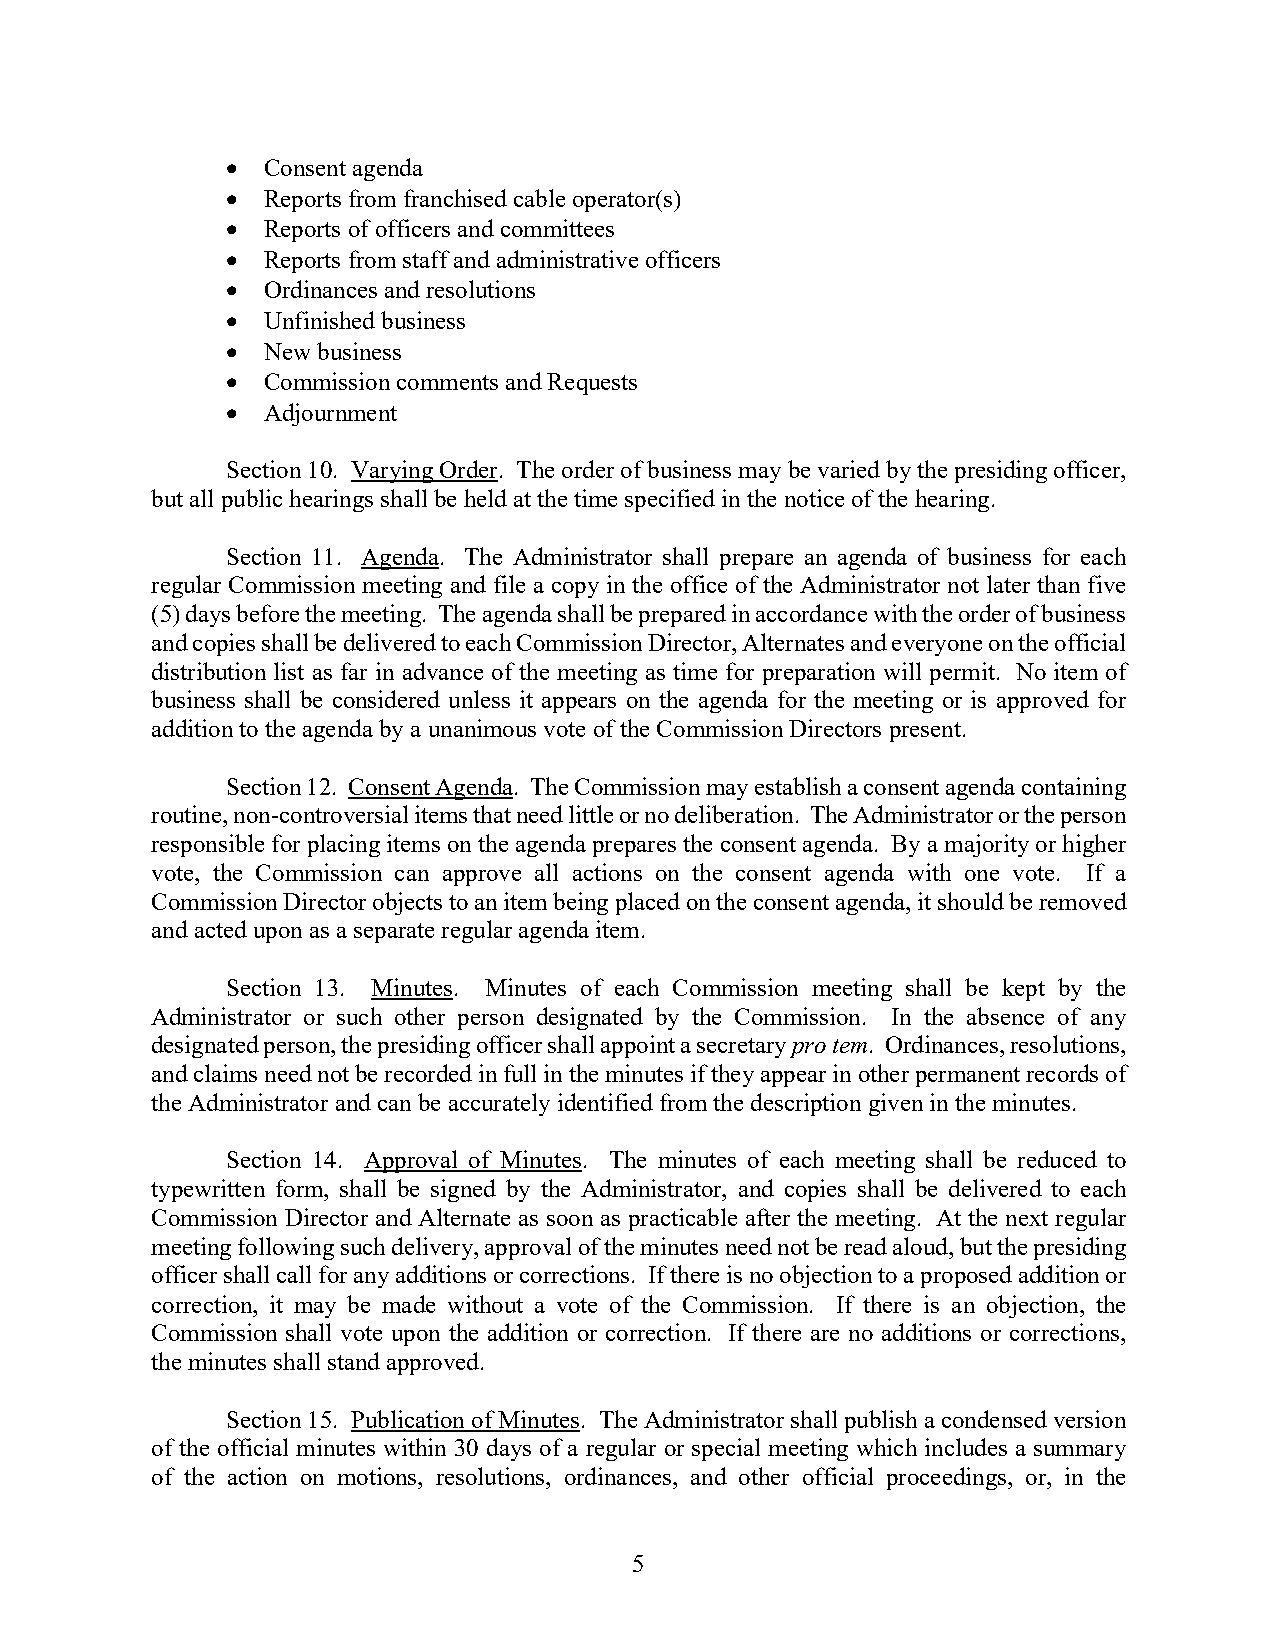
• Consent agenda
 • Reports from franchised cable operator(s)
 • Reports of officers and committees
 • Reports from staff and administrative officers
 • Ordinances and resolutions
 • Unfinished business
 • New business
 • Commission comments and Requests
 • Adjournment
 Section 10. Varying Order. The order of business may be varied by the presiding officer,
 but all public hearings shall be held at the time specified in the notice of the hearing.
 Section 11. Agenda. The Administrator shall prepare an agenda of business for each
 regular Commission meeting and file a copy in the office of the Administrator not later than five
 (5) days before the meeting. The agenda shall be prepared in accordance with the order of business
 and copies shall be delivered to each Commission Director, Alternates and everyone on the official
 distribution list as far in advance of the meeting as time for preparation will permit. No item of
 business shall be considered unless it appears on the agenda for the meeting or is approved for
 addition to the agenda by a unanimous vote of the Commission Directors present.
 Section 12. Consent Agenda. The Commission may establish a consent agenda containing
 routine, non-controversial items that need little or no deliberation. The Administrator or the person
 responsible for placing items on the agenda prepares the consent agenda. By a majority or higher
 vote, the Commission can approve all actions on the consent agenda with one vote. If a
 Commission Director objects to an item being placed on the consent agenda, it should be removed
 and acted upon as a separate regular agenda item.
 Section 13. Minutes. Minutes of each Commission meeting shall be kept by the
 Administrator or such other person designated by the Commission. In the absence of any
 designated person, the presiding officer shall appoint a secretary pro tem. Ordinances, resolutions,
 and claims need not be recorded in full in the minutes if they appear in other permanent records of
 the Administrator and can be accurately identified from the description given in the minutes.
 Section 14. Approval of Minutes. The minutes of each meeting shall be reduced to
 typewritten form, shall be signed by the Administrator, and copies shall be delivered to each
 Commission Director and Alternate as soon as practicable after the meeting. At the next regular
 meeting following such delivery, approval of the minutes need not be read aloud, but the presiding
 officer shall call for any additions or corrections. If there is no objection to a proposed addition or
 correction, it may be made without a vote of the Commission. If there is an objection, the
 Commission shall vote upon the addition or correction. If there are no additions or corrections,
 the minutes shall stand approved.
 Section 15. Publication of Minutes. The Administrator shall publish a condensed version
 of the official minutes within 30 days of a regular or special meeting which includes a summary
 of the action on motions, resolutions, ordinances, and other official proceedings, or, in the
 5